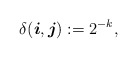
\begin{align*}\delta (\boldsymbol{i},\boldsymbol{j}) := 2^{-k},\end{align*}